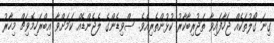
ގިނަ ގޯލުތަކެއް ޖަހާފައިވާ ތަޖުރިބާކާރު ކުޅުންތެރިއެވެ. ސްވިޑެންގެ ލެޖެންޑެއް ކަމަށްވާ އިބްރަހިމޮވިޗް މިހާރު